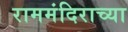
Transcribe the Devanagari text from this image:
राममंदिराच्या